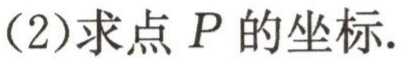
(2)求点 \(P\) 的坐标.